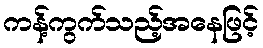
ကန့်ကွက်သည့်အနေဖြင့်